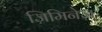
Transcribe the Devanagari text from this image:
जिमिनेज़